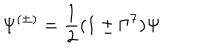
\Psi ^ { ( \pm ) } = \frac { 1 } { 2 } ( 1 \pm \Gamma ^ { 7 } ) \Psi